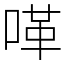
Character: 㗆